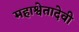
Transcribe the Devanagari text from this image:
महाश्वेतादेवी